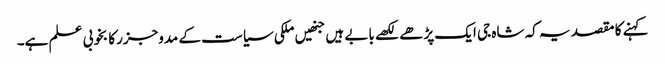
کہنے کا مقصد یہ کہ شاہ جی ایک پڑھے لکھے بابے ہیں جنھیں ملکی سیاست کے مدوجزرکا بخوبی علم ہے۔